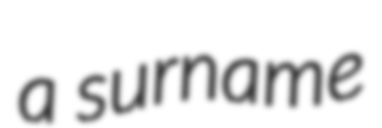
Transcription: a surname